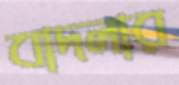
বাদলার